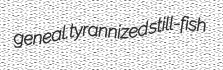
geneal. tyrannized still-fish